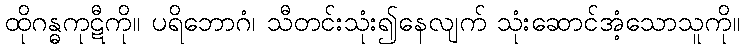
ထိုဂန္ဓကုဋီကို။ ပရိဘောဂံ၊ သီတင်းသုံး၍နေလျက် သုံးဆောင်အံ့သောသူကို။